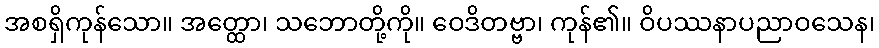
အစရှိကုန်သော။ အတ္ထော၊ သဘောတို့ကို။ ဝေဒိတဗ္ဗာ၊ ကုန်၏။ ဝိပဿနာပညာဝသေန၊